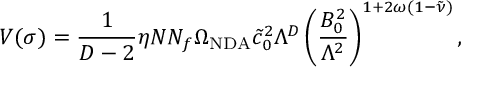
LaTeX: V ( \sigma ) = \frac { 1 } { D - 2 } \eta N N _ { f } \Omega _ { \mathrm { N D A } } \tilde { c } _ { 0 } ^ { 2 } \Lambda ^ { D } \left( \frac { B _ { 0 } ^ { 2 } } { \Lambda ^ { 2 } } \right) ^ { 1 + 2 \omega ( 1 - \tilde { \nu } ) } ,